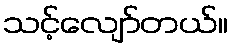
သင့်လျော်တယ်။